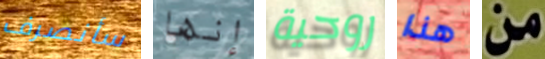
سأنصرف إنها روحية هذا من